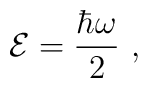
{\cal E} = {\hbar\omega \over 2}\,\, ,